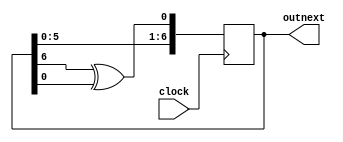
//7 bit LFSR with polynomial: 1 + X + X^7
module LFSR_7(clock, outnext);
	input clock;
	output [6:0] outnext;
	reg [6:0] outnext;
	
	initial outnext = 7'b1;
	
	always @ (posedge clock)
		begin
		outnext <= {outnext[5:0], (outnext[6] ^ outnext[0])};
		end

endmodule